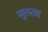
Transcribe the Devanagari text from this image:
मुलतह